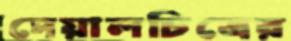
দেয়ালচিত্রের